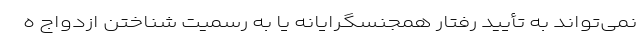
نمی‌تواند به تأیید رفتار همجنسگرایانه یا به رسمیت شناختن ازدواج ه